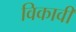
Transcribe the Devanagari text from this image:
विकावी